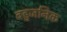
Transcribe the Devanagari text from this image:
बहुजनिक